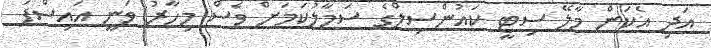
އަދި އެކަން މާލޭ ސިޓީ ކައުންސިލްގެ ސަމާލުކަމަށް ވެސް މިހާރު ވަނީ އައިސްފަ